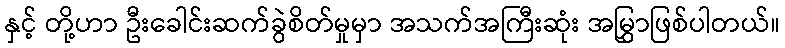
နှင့် တို့ဟာ ဦးခေါင်းဆက်ခွဲစိတ်မှုမှာ အသက်အကြီးဆုံး အမြွှာဖြစ်ပါတယ်။